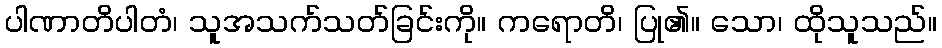
ပါဏာတိပါတံ၊ သူအသက်သတ်ခြင်းကို။ ကရောတိ၊ ပြု၏။ သော၊ ထိုသူသည်။